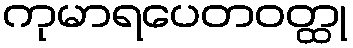
ကုမာရပေတဝတ္ထု